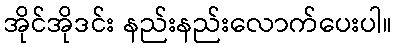
အိုင်အိုဒင်း နည်းနည်းလောက်ပေးပါ။